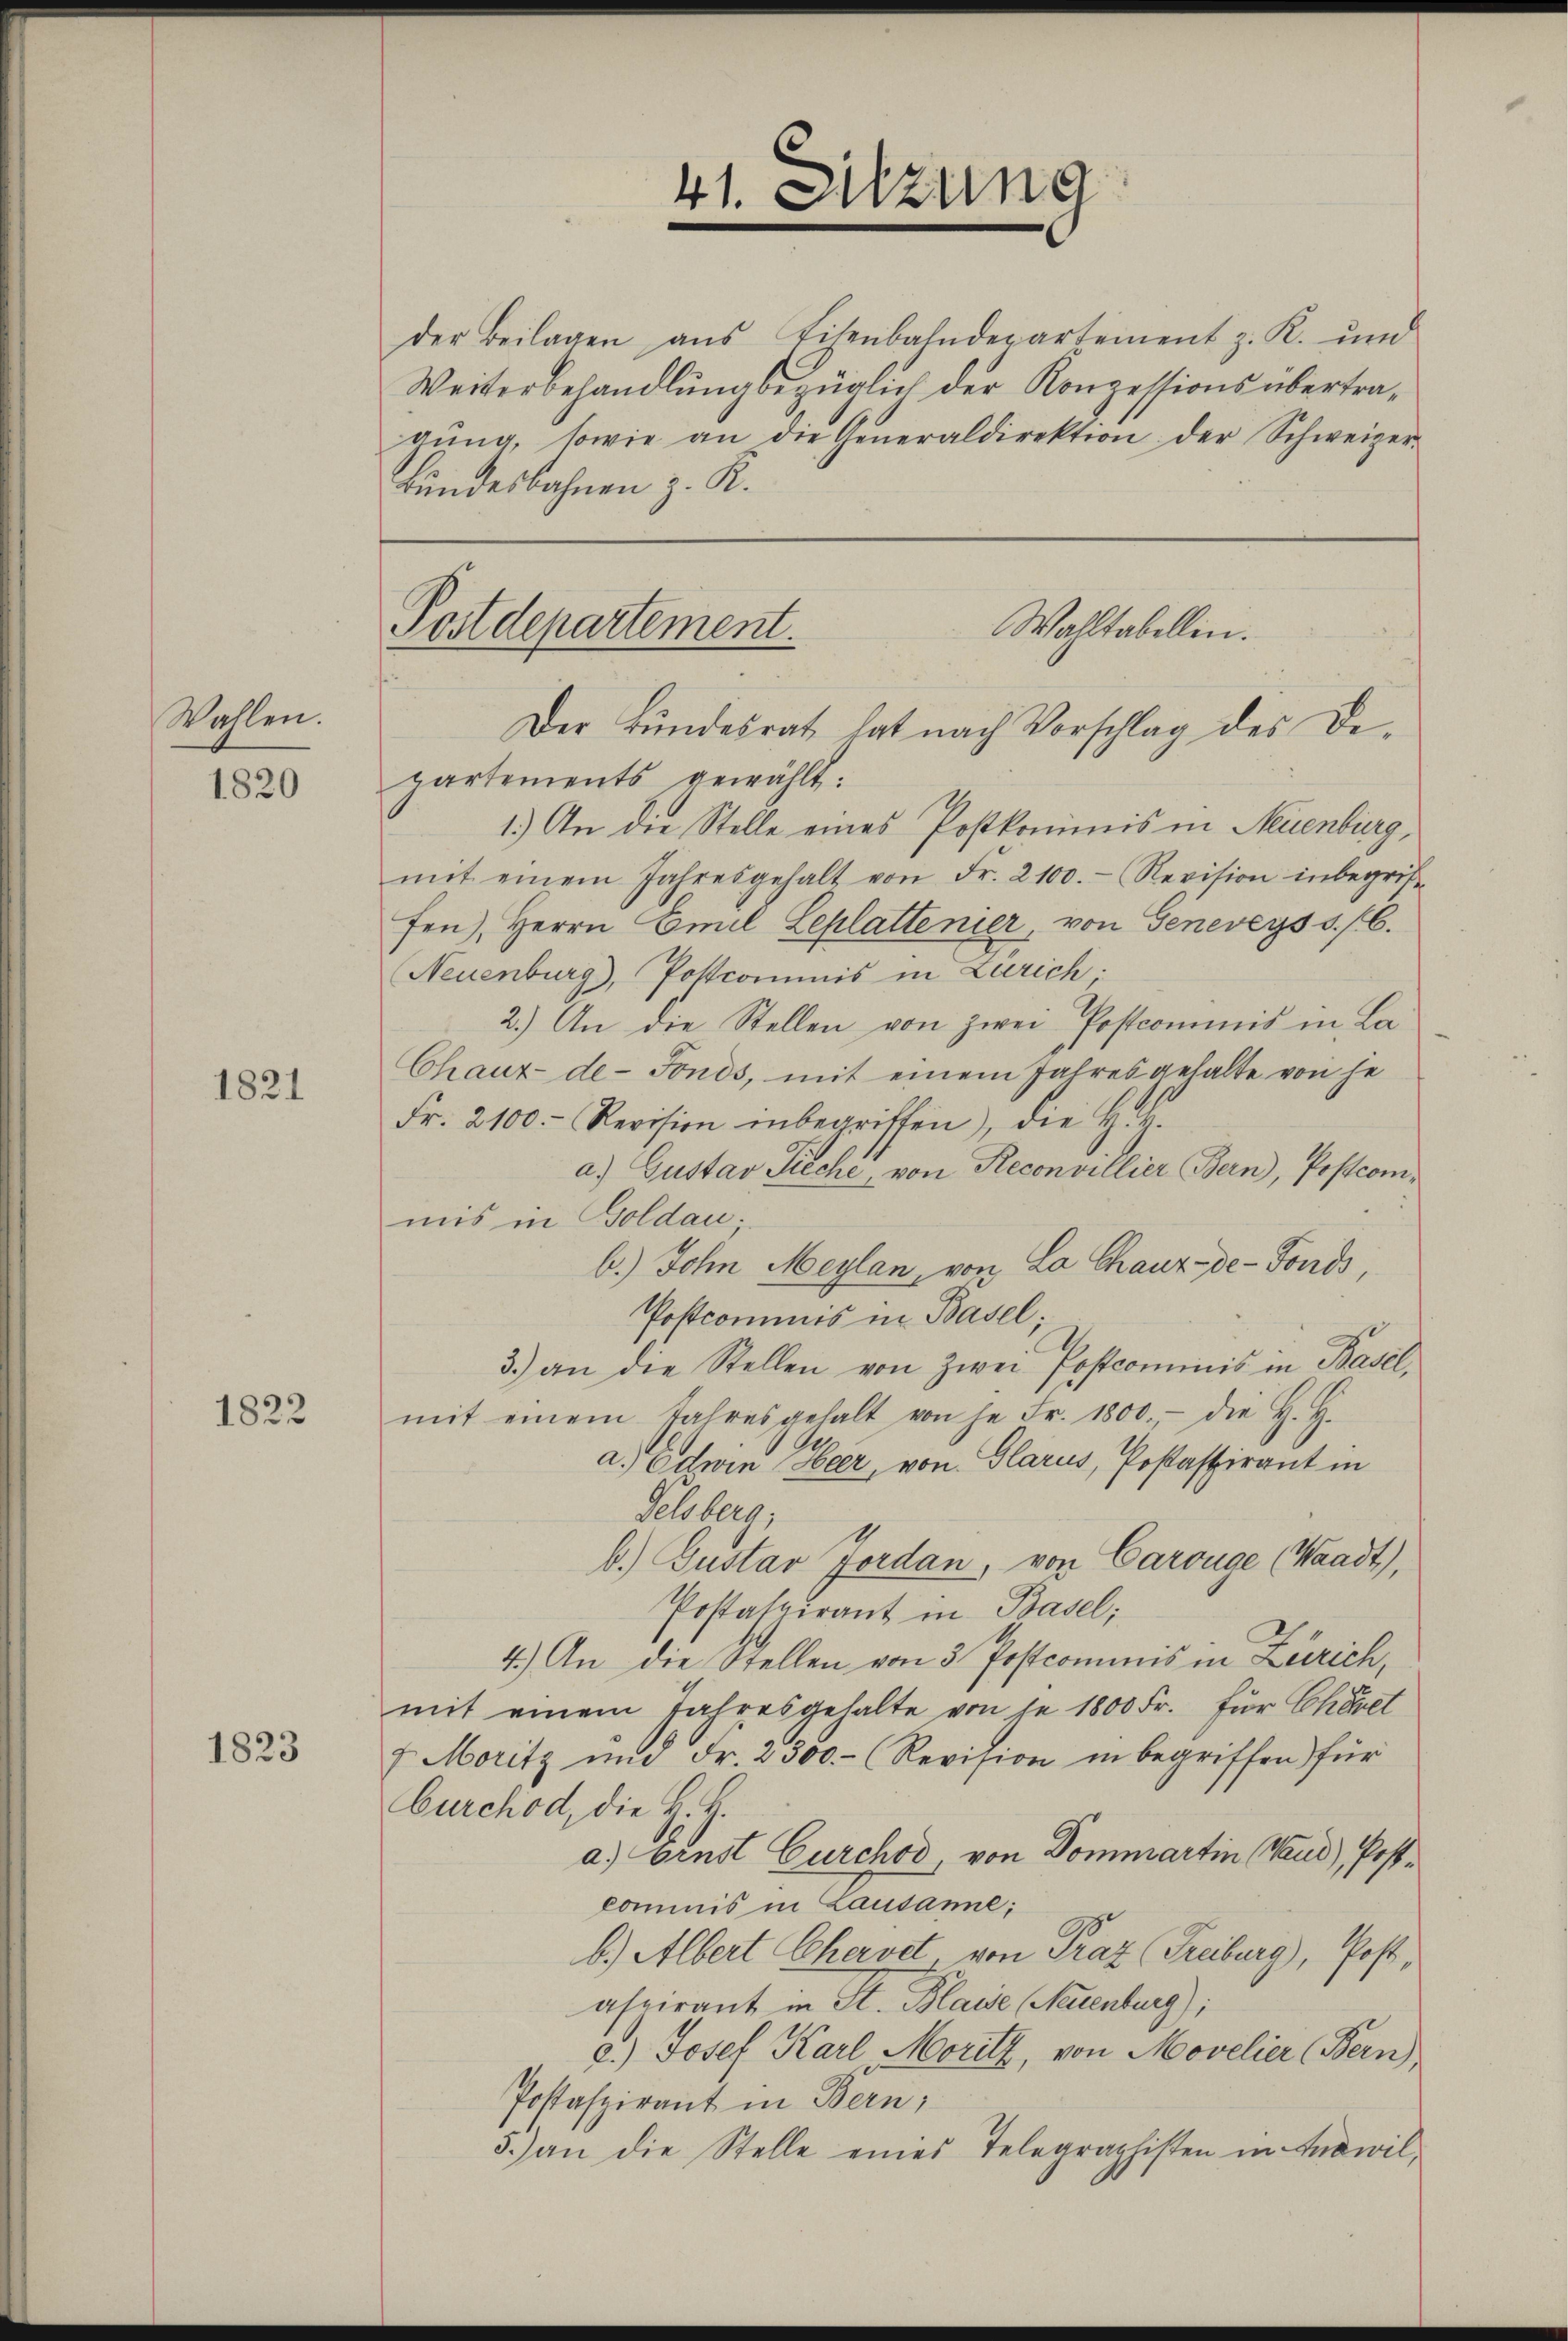
Wahlen.
1820

1821

1822

1823

41. Sitzung

der Beilagen ans Eisenbahndepartement z. K. und
Weiterbehandlung bezüglich der Konzessions übertragŭng, sowie an die Generaldirektion der Schweizer-
Bundesbahnen z. K.

Wahltabellen.
Postdepartement.
Der Bundesrat hat nach Vorschlag des De¬

partements gewählt:
1.) An die Stelle eines Postkommis in Neuenburg,
mit einem Jahresgehalt von Fr. 2100.- Revision inbegrif
fen), Herrn Emil Leplattenier, von Geneveys 5/6.
(Neuenburg, Pottcommis in Zürich
2.) An die Stellen von zwei Postcommis in La
Chaux-de-Fonds, mit einem Jahres gehalte von je
Fr. 2100. Revision inbegriffen, die H. H.
a) Gustav Pieche, von Reconvillier Bern), Postcommis in Goldau;
b.) John Maylan, von La Chaux-de-Fonds,
Postcommis in Basel;
3.) an die Stellen von zwei Postcommis in Basel,
mit einem Jahresgehalt von je Fr. 1800. die H. H.
a. Edwin Heer, von Glarus, Posaspirant in
Gelsberg,
b.) Gustar Jerdan, von Carouge (Waadt),
Postaspirant in Basel;
4.) An die Stellen von 3 Postcommis in Zürich,
mit einem Jahresgehalte von je 1800 Fr. für Chöret
7 Moritz und Fr. 2300.- (Revision in begriffen) für
burchod, die H. H.
a) Einst Curchod von Dommartin (Mand), Postkommis in Lausanne;
b.) Albert Chervet von Praz (Freiburg), Post,
aspirant in St. Blaise (Neuenburg);
e.) Josef Karl, Moritz, von Movelier (Bern)
Postafzirant in Bern,
5.) an die Stelle eines Telegraphisten in Answil,